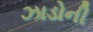
ઝાડોની